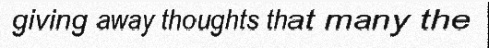
giving away thoughts that many the